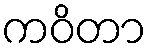
ကဝိတာ